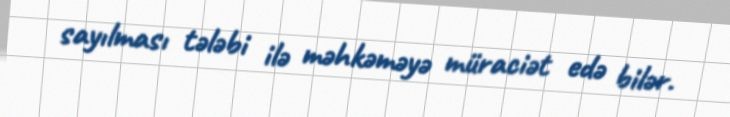
sayılması tələbi ilə məhkəməyə müraciət edə bilər.